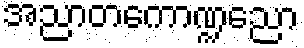
အညာတကောဏ္ဍညော